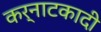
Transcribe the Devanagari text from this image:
कर्नाटकादी